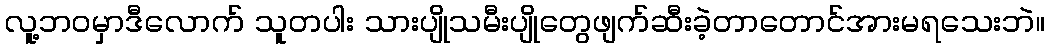
လူ့ဘဝမှာဒီလောက် သူတပါး သားပျိုသမီးပျိုတွေဖျက်ဆီးခဲ့တာတောင်အားမရသေးဘဲ။